Scottish Leaving Certificate Examination, 1957
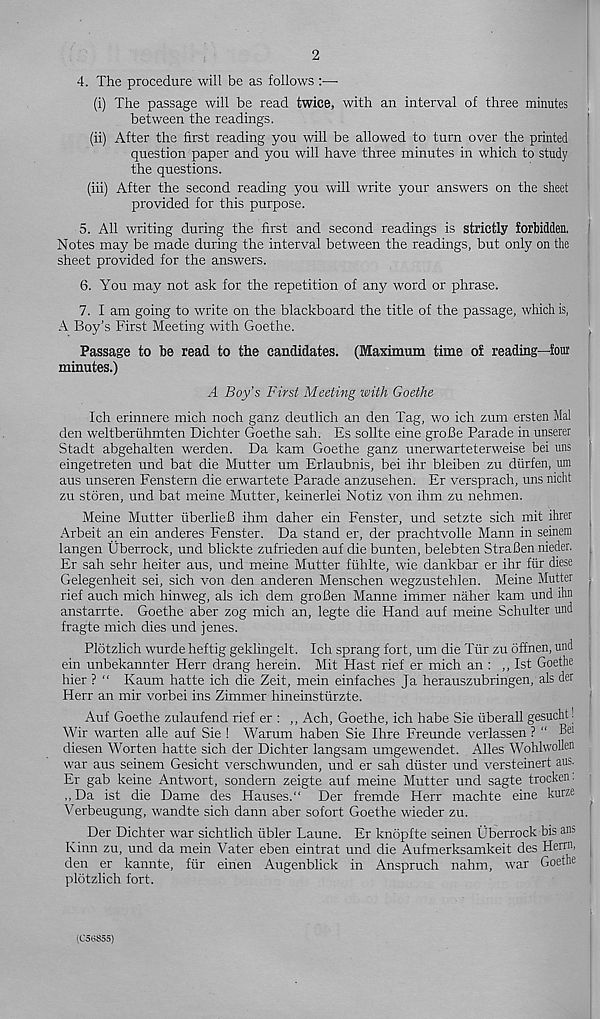
2
4. The procedure will be as follows :•—•
(i) The passage will be read twice, with an interval of three minutes
between the readings.
(ii) After the first reading you will be allowed to turn over the printed
question paper and you will have three minutes in which to study
the questions.
(iii) After the second reading you will write your answers on the sheet
provided for this purpose.
5. All writing during the first and second readings is strictly forbidden.
Notes may be made during the interval between the readings, but only on the
sheet provided for the answers.
6. You may not ask for the repetition of any word or phrase.
7. I am going to write on the blackboard the title of the passage, which is,
A Boy’s First Meeting with Goethe.
Passage to be read to the candidates. (Maximum time of reading—foui'
minutes.)
A Boy’s First Meeting with Goethe
Ich erinnere mich noch ganz deutlich an den Tag, wo ich zum ersten Mai
den weltberuhmten Dichter Goethe sah. Es sollte eine groBe Parade in unserer
Stadt abgehalten werden. Da kam Goethe ganz unerwarteterweise bei uns
eingetreten und bat die Mutter um Erlaubnis, bei ihr bleiben zu durfen, um
aus unseren Fenstern die erwartete Parade anzusehen. Er versprach, uns nicht
zu storen, und bat meine Mutter, keinerlei Notiz von ihm zu nehmen.
Meine Mutter uberlieB ihm daher ein Fenster, und setzte sich mit ihrer
Arbeit an ein anderes Fenster. Da stand er, der prachtvolle Mann in seinem
langen Uberrock, und blickte zufrieden auf die bunten, belebten StraBen nieder.
Er sah sehr heiter aus, und meine Mutter fiihlte, wie dankbar er ihr fiir diese
Gelegenheit sei, sich von den anderen Menschen wegzustehlen. Meine Mutter ?
rief auch mich hinweg, als ich dem groBen Manne immer naher kam und ihn
anstarrte. Goethe aber zog mich an, legte die Hand auf meine Schulter und
fragte mich dies und jenes.
Pldtzlich wurde heftig geklingelt. Ich sprang fort, um die Tiir zu offnen, und
ein unbekannter Herr drang herein. Mit Hast rief er mich an : ,, 1st Goethe
hier ? “ Kaum hatte ich die Zeit, mein einfaches Ja herauszubringen, als der
Herr an mir vorbei ins Zimmer hineinstiirzte.
Auf Goethe zulaufend rief er : ,, Ach, Goethe, ich habe Sie iiberall gesucht.
Wir warten alle auf Sie ! Warum haben Sie Ihre Freunde verlassen ? “ Bei
diesen Worten hatte sich der Dichter langsam umgewendet. Alles Wohlwollen
war aus seinem Gesicht verschwunden, und er sah duster und versteinert aus.
Er gab keine Antwort, sondern zeigte auf meine Mutter und sagte trocken.
,,Da ist die Dame des Hauses." Der fremde Herr machte eine kurze
Verbeugung, wandte sich dann aber sofort Goethe wieder zu.
Der Dichter war sichtlich tibler Laune. Er knopfte seinen Uberrock bis ans
Kinn zu, und da mein Vater eben eintrat und die Aufmerksamkeit des Herrn,
den er kannte, fur einen Augenblick in Anspruch nahm, war Goethe ^
plotzlich fort.
(C56855)